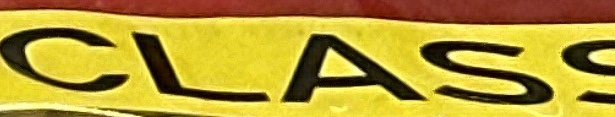
CLASS